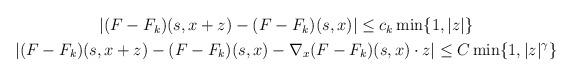
LaTeX: \begin{align*} \begin{gathered}|(F-F_k)(s,x+z)-(F-F_k)(s,x)| \leq c_k \min\{1,|z|\} \\|(F-F_k)(s,x+z)-(F-F_k)(s,x)-\nabla_x (F-F_k)(s,x) \cdot z| \leq C \min\{1, |z|^{\gamma}\} \end{gathered}\end{align*}